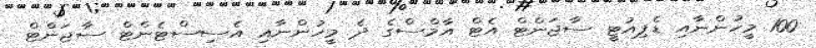
100 މީހުންނާއި ޑެޕިއުޓީ ސާޖަންޓް އެޓް އާމްސްގެ ދެ މީހުންނާއި އެސިސްޓެންޓް ސާޖަންޓް